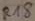
Text: R18